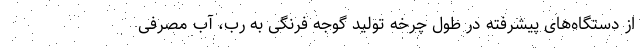
از دستگاه‌های پیشرفته در طول چرخه تولید گوجه فرنگی به رب، آب مصرفی